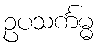
ဥပသင်္ကမ္မ